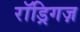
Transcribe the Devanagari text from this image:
रॉड्रिगज़